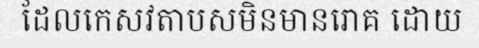
ដែលកេសវតាបសមិនមានរោគ ដោយ